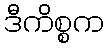
ဒီကိစ္စက